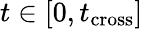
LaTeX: t\in[0,t_{\mathrm{cross}}]